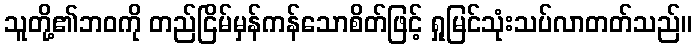
သူတို့၏ဘဝကို တည်ငြိမ်မှန်ကန်သောစိတ်ဖြင့် ရှုမြင်သုံးသပ်လာတတ်သည်။